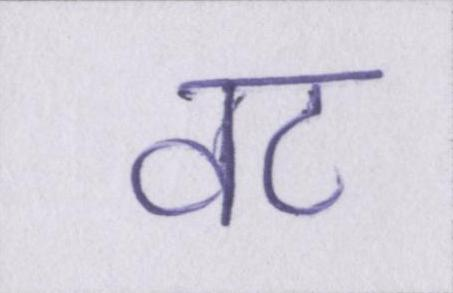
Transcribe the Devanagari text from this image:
वट